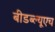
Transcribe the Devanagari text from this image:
बीडब्ल्यूएच